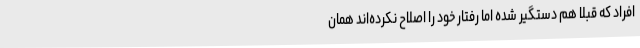
افراد که قبلا هم دستگیر شده اما رفتار خود را اصلاح نکرده‌اند همان